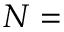
N =